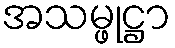
အသမ္ဖုဋ္ဌာ